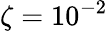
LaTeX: \zeta=10^{-2}